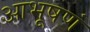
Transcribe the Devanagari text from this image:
आभूषणं